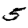
Digit: 5